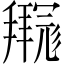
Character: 𫹊